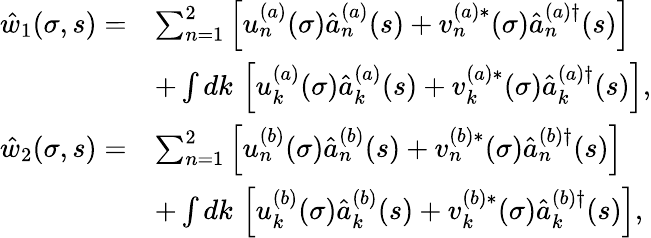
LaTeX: \begin{array}{rl}{{\hat{w}}_{1}(\sigma,s)=}&{\sum_{n=1}^{2}\left[u_{n}^{(a)}(\sigma)\hat{a}_{n}^{(a)}(s)+v_{n}^{(a)\ast}(\sigma)\hat{a}_{n}^{(a)\dagger}(s)\right]}\\ &{+\int dk\, \left[u_{k}^{(a)}(\sigma)\hat{a}_{k}^{(a)}(s)+v_{k}^{(a)\ast}(\sigma)\hat{a}_{k}^{(a)\dagger}(s)\right],}\\ {{\hat{w}}_{2}(\sigma,s)=}&{\sum_{n=1}^{2}\left[u_{n}^{(b)}(\sigma)\hat{a}_{n}^{(b)}(s)+v_{n}^{(b)\ast}(\sigma)\hat{a}_{n}^{(b)\dagger}(s)\right]}\\ &{+\int dk\, \left[u_{k}^{(b)}(\sigma)\hat{a}_{k}^{(b)}(s)+v_{k}^{(b)\ast}(\sigma)\hat{a}_{k}^{(b)\dagger}(s)\right],}\end{array}